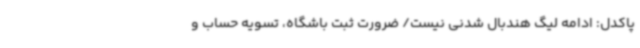
پاکدل: ادامه لیگ هندبال شدنی نیست/ ضرورت ثبت باشگاه، تسویه حساب و